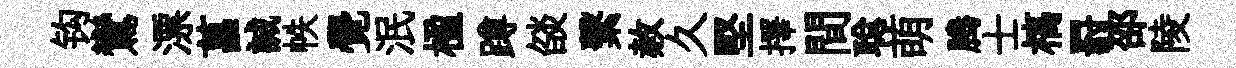
钩鸞漂菖誠帙覺泯楹蹲燄繫赦久堅擇間聪萌腾士槁罸邵陵